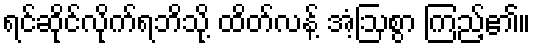
ရင်ဆိုင်လိုက်ရဘိသို့ ထိတ်လန့် အံ့ဩစွာ ကြည့်၏။